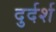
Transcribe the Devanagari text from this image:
दुर्दर्श